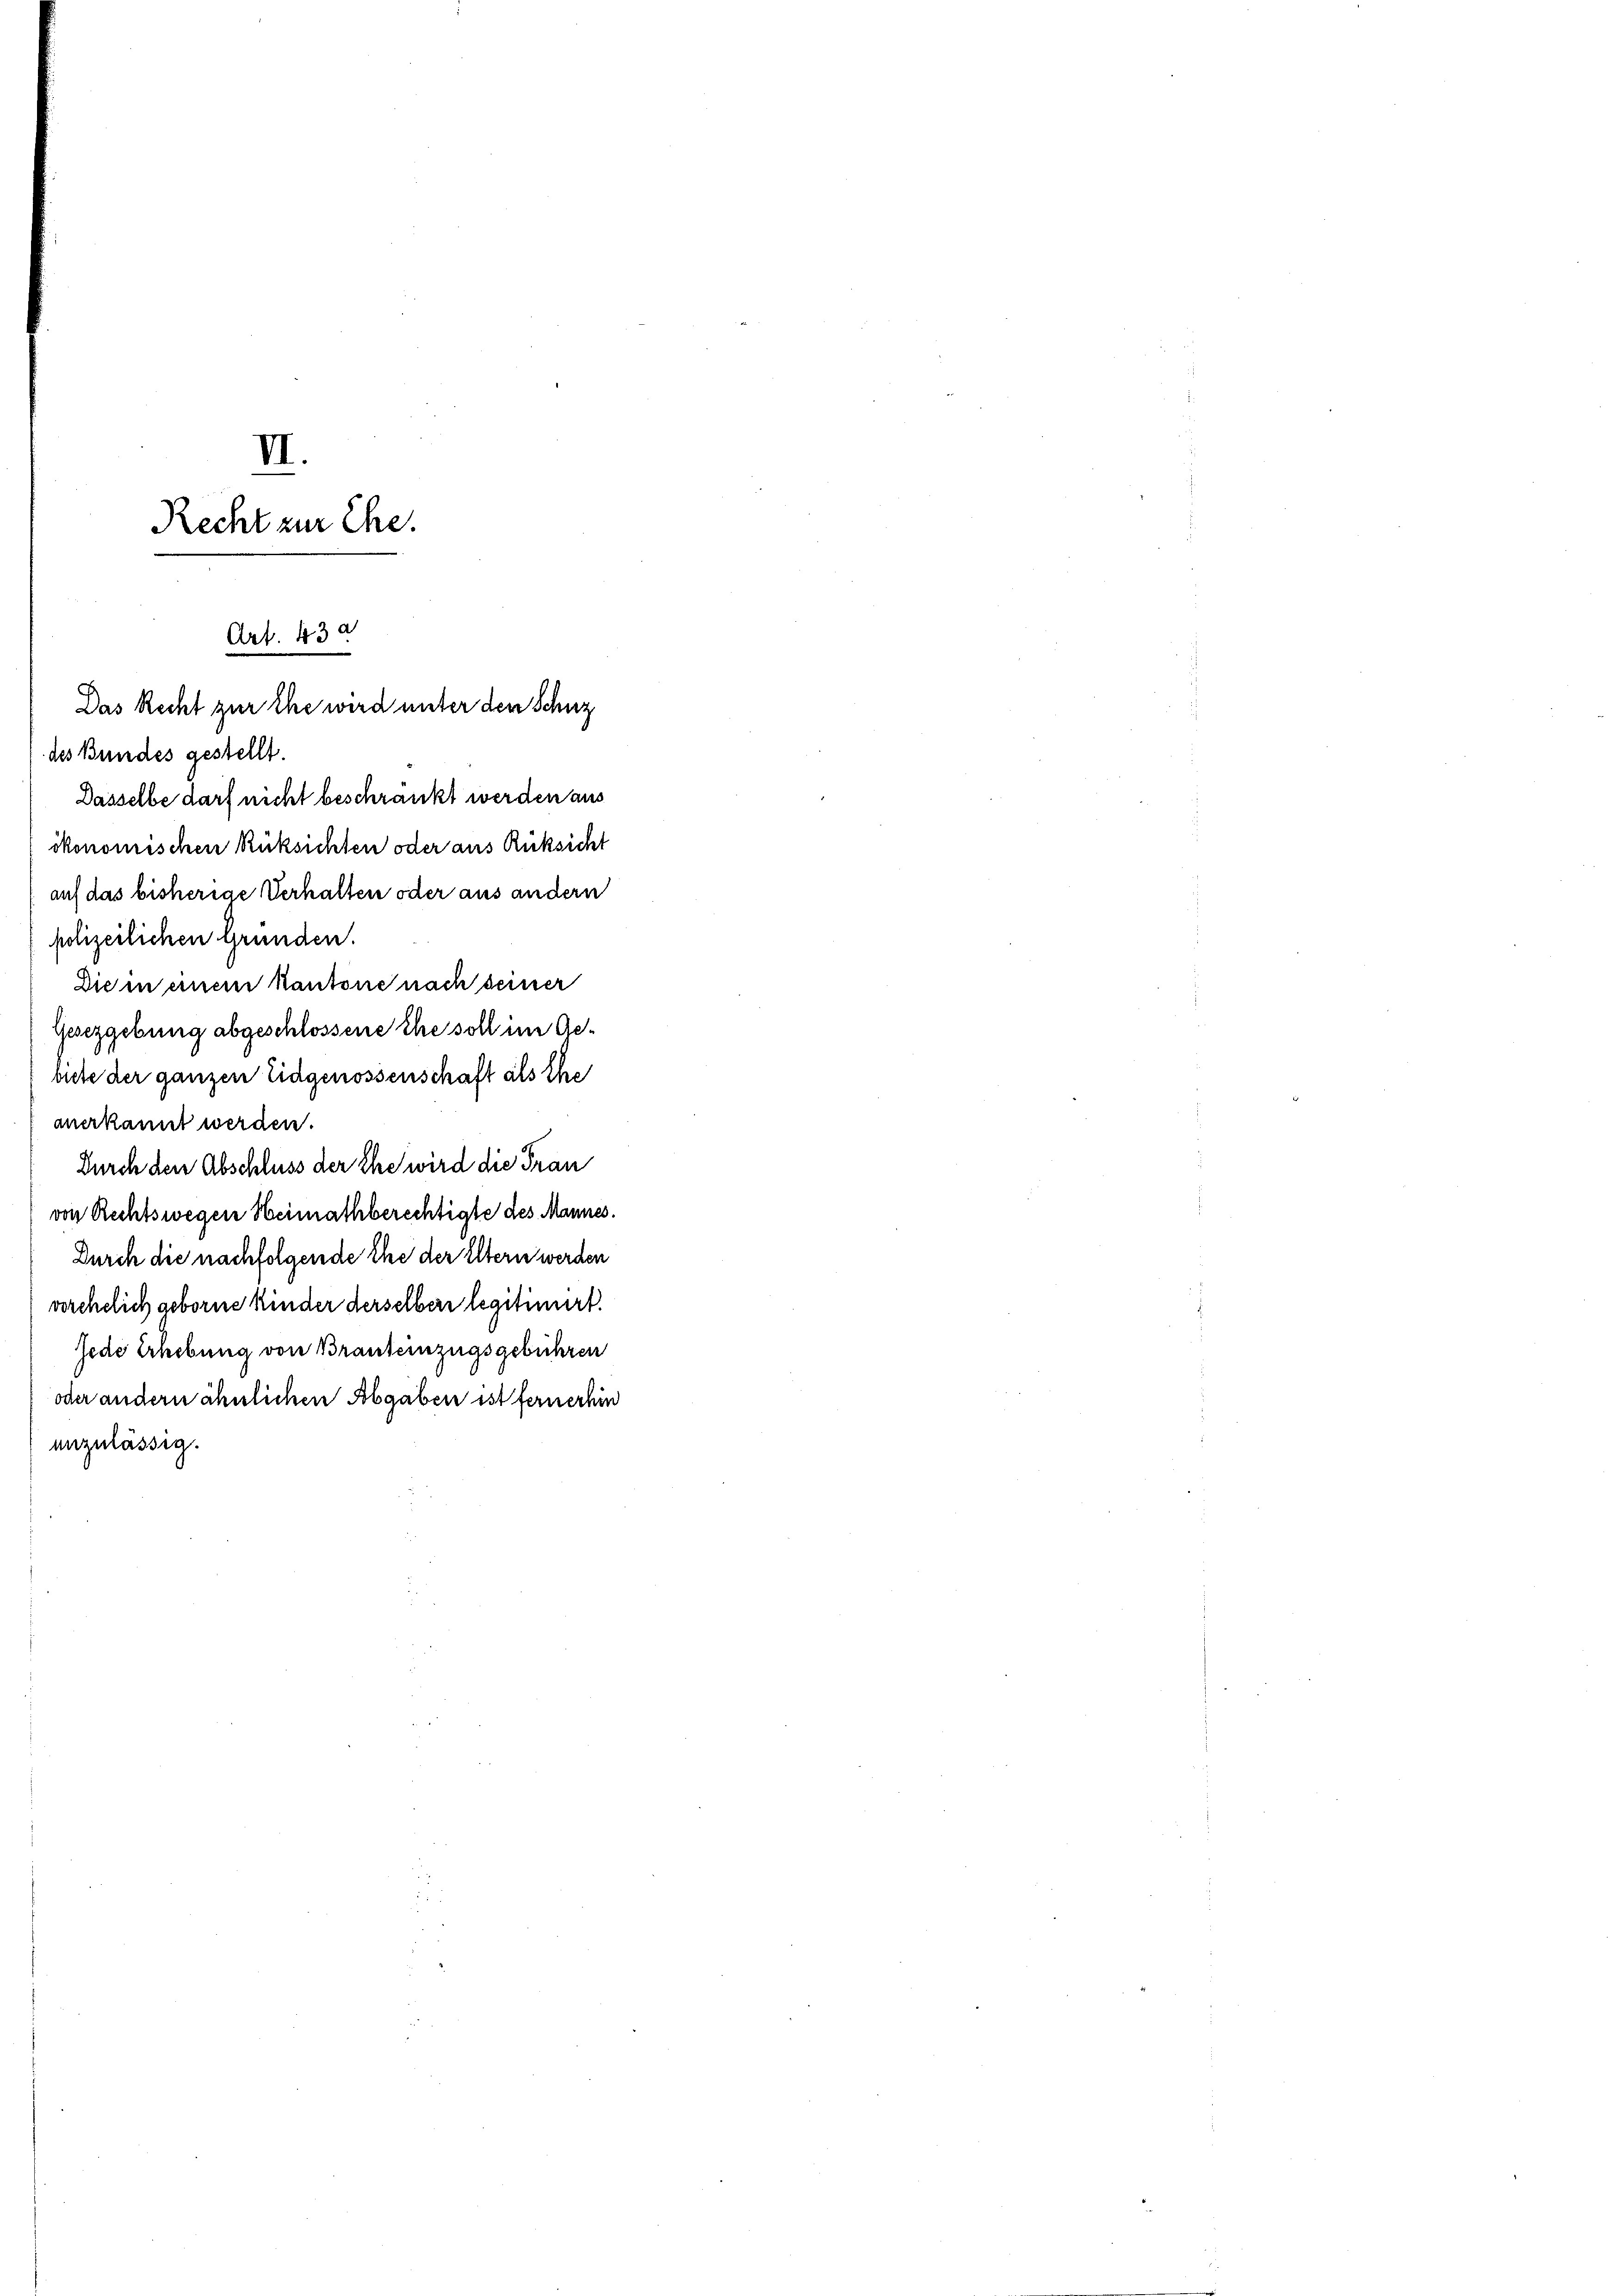
VI.
Recht zur Ehe.

Art. 43 a
Das Recht zur Ehe wird unter den Schutz

des Bundes gestellt
Dasselbe darf nicht beschränkt werden aus
ckonomischen Rüksichten oder aus Rüksicht
auf das bisherige Verhalten oder aus andern
polizeilichen Gründen.
Die in einen kantone nach deiner
Gesetzgebung abgeschlossene Ehe soll im Gevete der ganzen Eidgenossenschaft als Ehe
anerkannt werden.
Durch den Abschluss der Ehe wird die Frau
von Rechtswegen Heimathberechtigte des Mannes.
Durch die nachfolgende Ehe der Eltern werden
vorehelich geborne Kinder derselber legitimiert.
jede Erhebung von Brauteinzugsgebühren
oder andern ähnlichen Abgaben ist fernerhin
inzulässig.